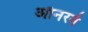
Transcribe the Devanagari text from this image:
ऑनरने